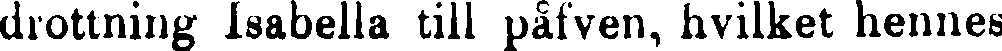
drottning Isabella till påfven, hvilket hennes